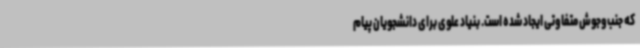
که جنب‌وجوش متفاوتی ایجاد شده است. بنیاد علوی برای دانشجویان پیام